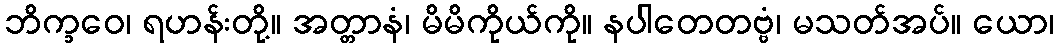
ဘိက္ခဝေ၊ ရဟန်းတို့။ အတ္တာနံ၊ မိမိကိုယ်ကို။ နပါတေတဗ္ဗံ၊ မသတ်အပ်။ ယော၊